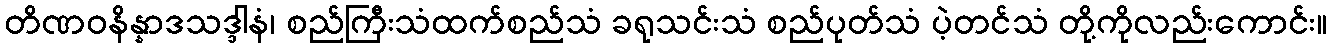
တိဏဝနိန္နာဒသဒ္ဒါနံ၊ စည်ကြီးသံထက်စည်သံ ခရုသင်းသံ စည်ပုတ်သံ ပဲ့တင်သံ တို့ကိုလည်းကောင်း။